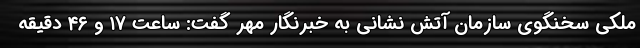
ملکی سخنگوی سازمان آتش نشانی به خبرنگار مهر گفت: ساعت ۱۷ و ۴۶ دقیقه